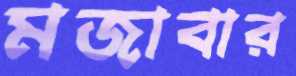
মজাবার